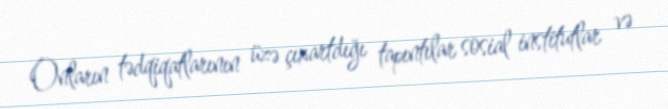
Onların tədqiqatlarının üzə çıxartdığı tapıntılar sosial institutlar və